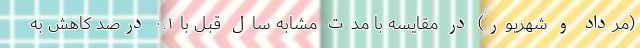
(مرداد و شهریور) در مقایسه با مدت مشابه سال قبل با ۰.۱ درصد کاهش به